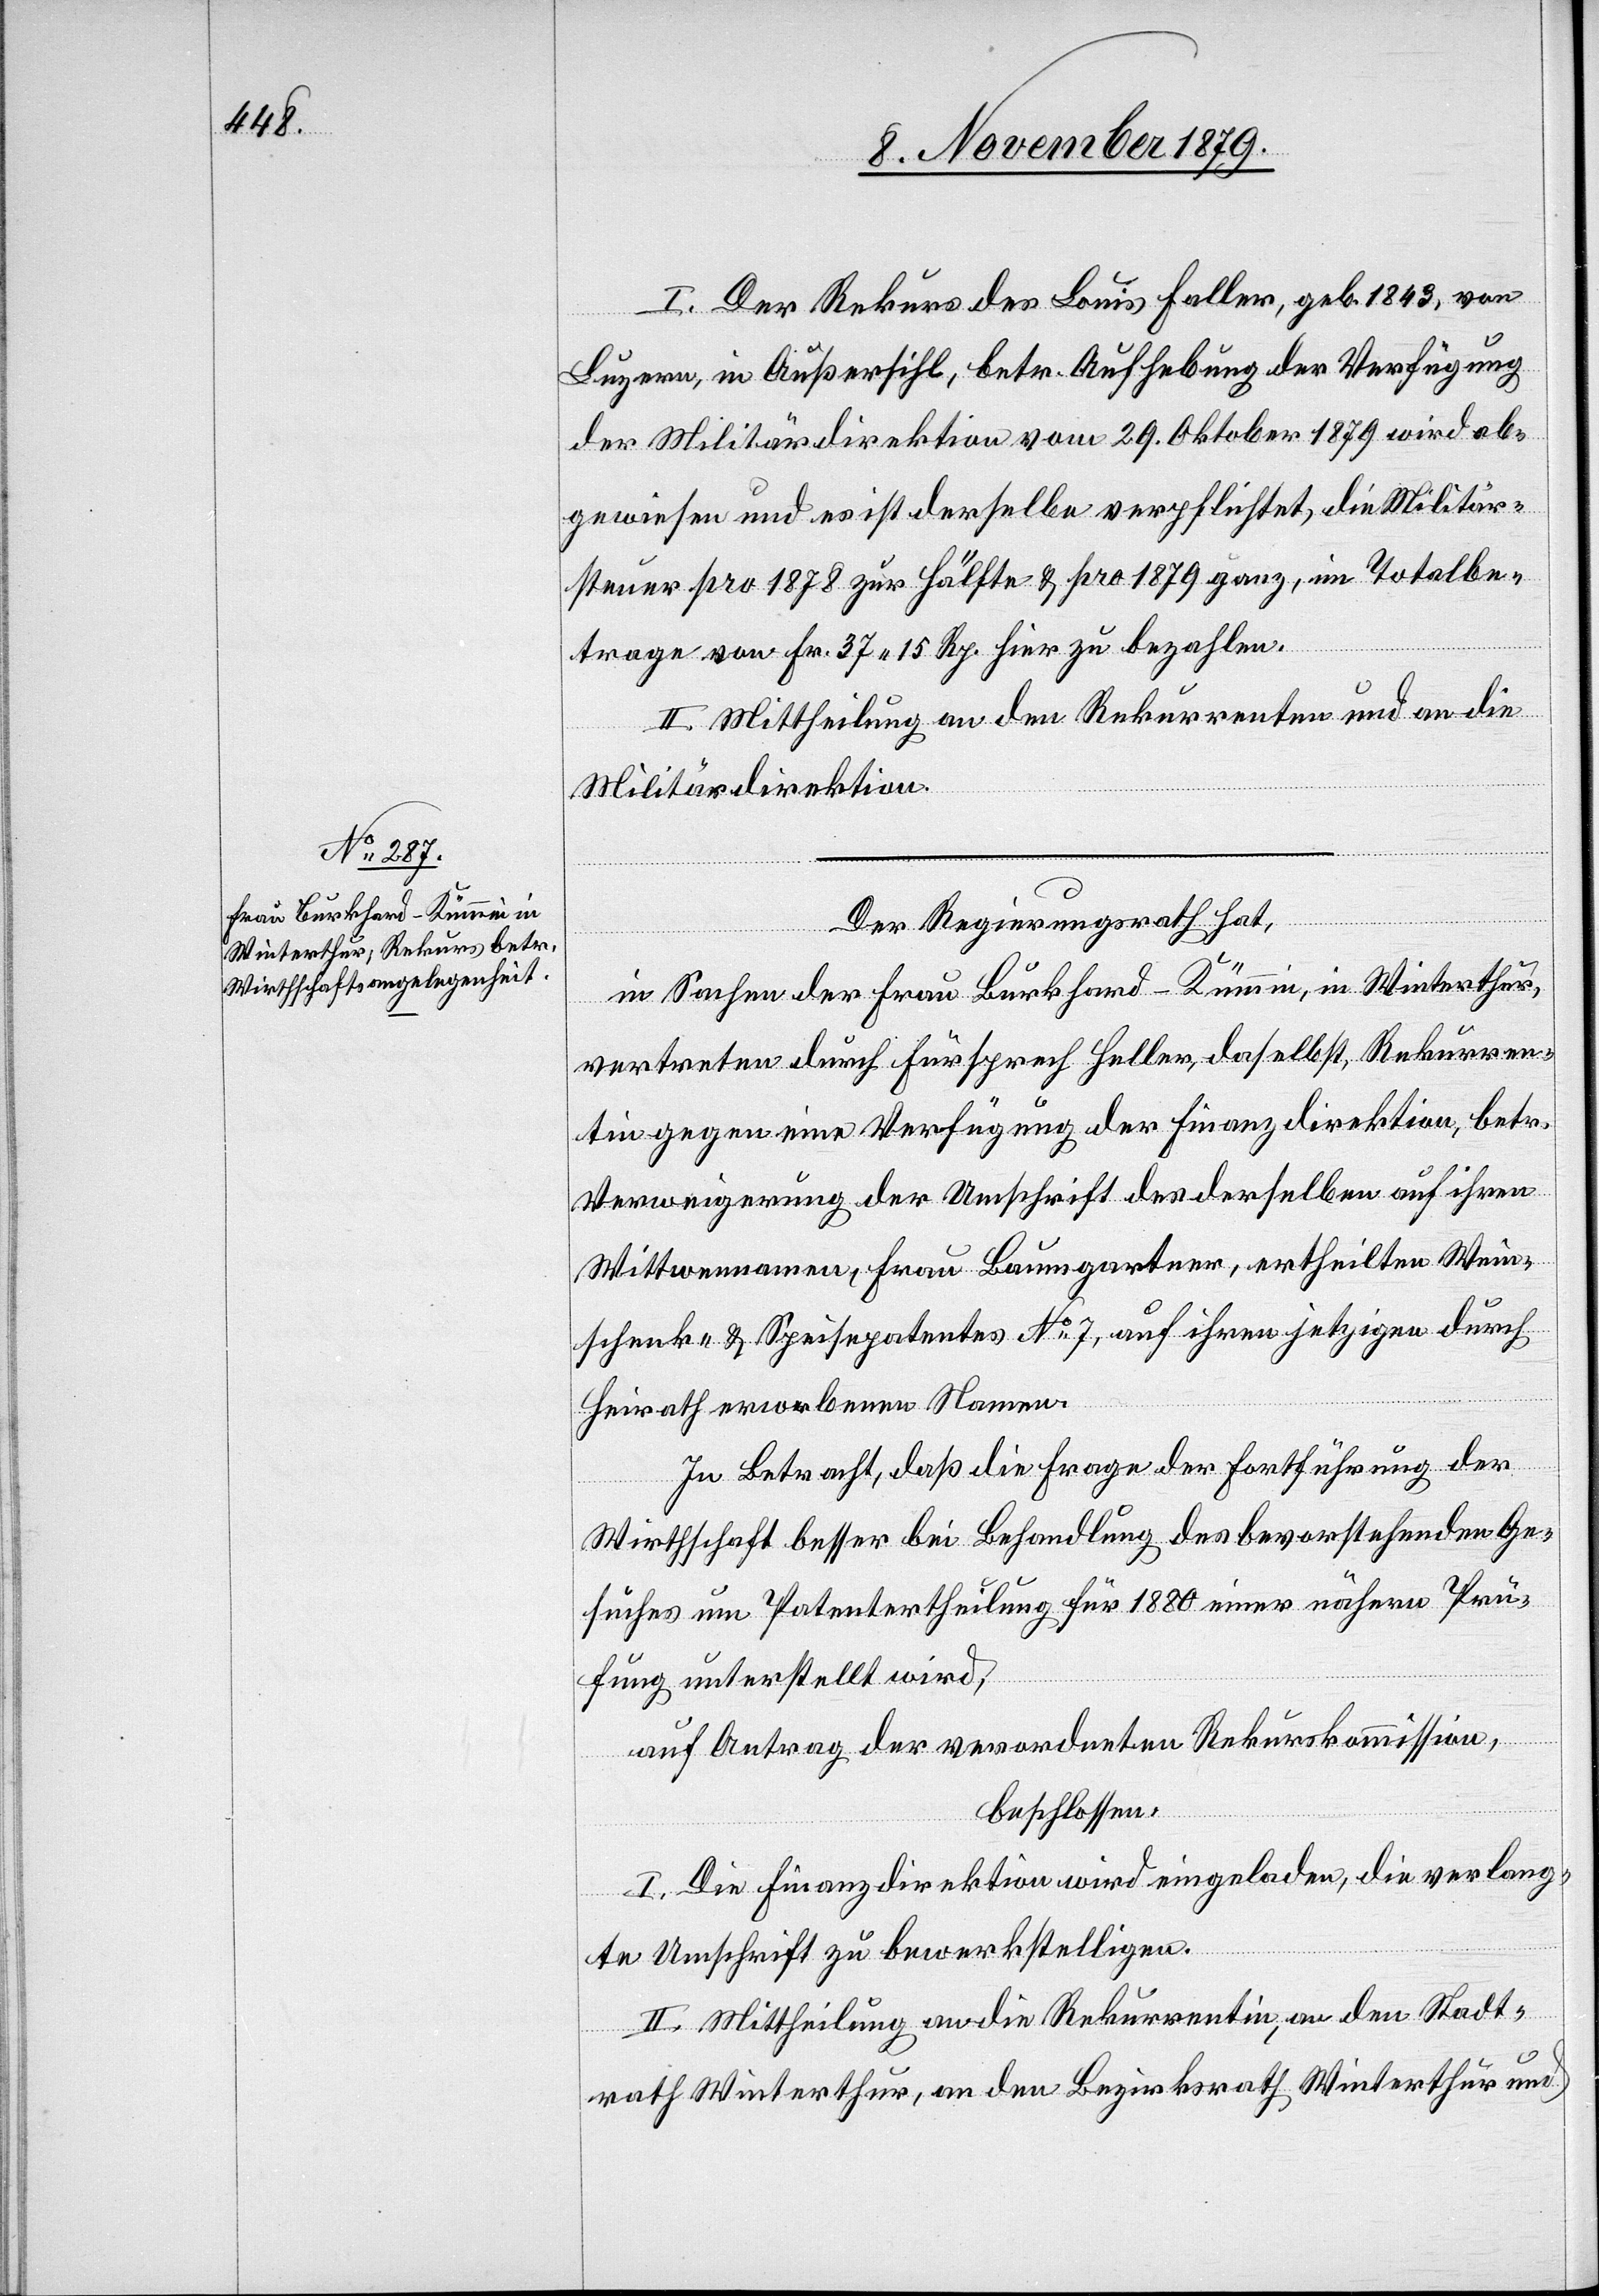
I. Der Rekurs des Louis Faller, geb. 1843, von
Luzern, in Außersihl betr. Aufhebung der Verfügung
der Militärdirektion vom 29. Oktober 1879 wird ab¬
gewiesen und es ist derselbe verpflichtet, die Militär¬
steuer pro 1878 zur Hälfte & pro 1879 ganz, im Totalbe¬
trage von Fr. 37 15 Rp. hier zu bezahlen.
II. Mittheilung an den Rekurrenten und an die
Militärdirektion.
Der Regierungsrath hat,
in Sachen der Frau Burkhard-Kümmin, in Winterthur,
vertreten durch Fürsprech Feller, daselbst, Rekurren¬
tin gegen eine Verfügung der Finanzdirektion, betr.
Verweigerung der Umschrift des derselben auf ihren
Wittwennamen, Frau Baumgartner, ertheilten Wein¬
schenk- & Speisepatentes No 7, auf ihren jetzigen durch
Heirath erworbenen Namen.
In Betracht, daß die Frage der Fortführung der
Wirthschaft besser bei Behandlung des bevorstehenden Ge¬
suches um Patentertheilung für 1880 einer nähern Prü¬
fung unterstellt wird,
auf Antrag der verordneten Rekurskommission,
beschlossen:
I. Die Finanzdirektion wird eingeladen, die verlang¬
te Umschrift zu bewerkstelligen.
II. Mittheilung an die Rekurrentin, an den Stadt¬
rath Winterthur, an den Bezirksrath Winterthur und